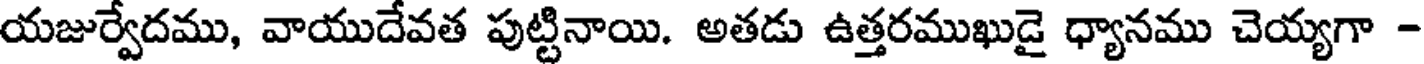
యజుర్వేదము, వాయుదేవత పుట్టినాయి. అతడు ఉత్తరముఖుడై ధ్యానము చెయ్యగా -